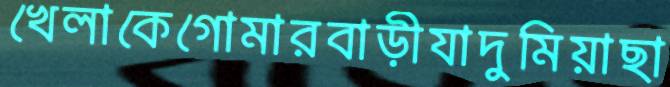
খেলাকেগোমারবাড়ীযাদুমিয়াছা